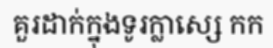
គួរដាក់ក្នុងទូរក្លាស្សេ កក